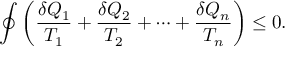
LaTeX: \oint \left( { \frac { \delta Q _ { 1 } } { T _ { 1 } } } + { \frac { \delta Q _ { 2 } } { T _ { 2 } } } + \cdots + { \frac { \delta Q _ { n } } { T _ { n } } } \right) \leq 0 .